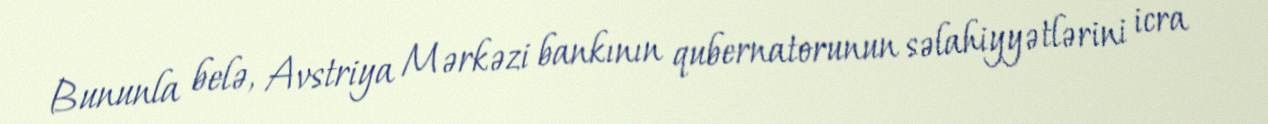
Bununla belə, Avstriya Mərkəzi bankının qubernatorunun səlahiyyətlərini icra